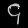
Digit: ၄